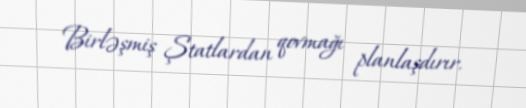
Birləşmiş Ştatlardan qovmağı planlaşdırır.